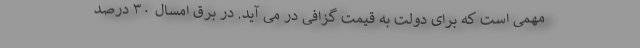
مهمی است که برای دولت به قیمت گزافی در می آید. در برق امسال ۳۰ درصد